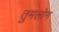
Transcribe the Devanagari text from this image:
तुमलोग